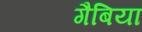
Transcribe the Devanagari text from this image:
गैबिया